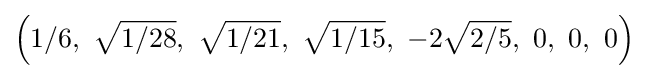
\left(1/6,\ {\sqrt {1/28}},\ {\sqrt {1/21}},\ {\sqrt {1/15}},\ -2{\sqrt {2/5}},\ 0,\ 0,\ 0\right)